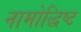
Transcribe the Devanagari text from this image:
नामोद्धिष्ट